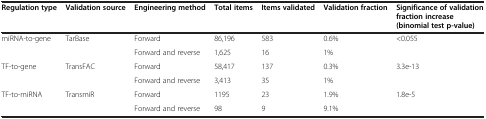
<table><thead><tr><td><b>Regulation type</b></td><td><b>Validation source</b></td><td><b>Engineering method</b></td><td><b>Total items</b></td><td><b>Items validated</b></td><td><b>Validation fraction</b></td><td><b>Significance of validation fraction increase (binomial test p-value)</b></td></tr></thead><tbody><tr><td>miRNA-to-gene</td><td>TarBase</td><td>Forward</td><td>86,196</td><td>583</td><td>0.6%</td><td>&lt;0.055</td></tr><tr><td> </td><td> </td><td>Forward and reverse</td><td>1,625</td><td>16</td><td>1%</td><td> </td></tr><tr><td>TF-to-gene</td><td>TransFAC</td><td>Forward</td><td>58,417</td><td>137</td><td>0.3%</td><td>3.3e-13</td></tr><tr><td> </td><td> </td><td>Forward and reverse</td><td>3,413</td><td>35</td><td>1%</td><td> </td></tr><tr><td>TF-to-miRNA</td><td>TransmiR</td><td>Forward</td><td>1195</td><td>23</td><td>1.9%</td><td>1.8e-5</td></tr><tr><td> </td><td> </td><td>Forward and reverse</td><td>98</td><td>9</td><td>9.1%</td><td> </td></tr></tbody></table>